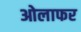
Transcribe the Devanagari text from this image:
ओलाफर